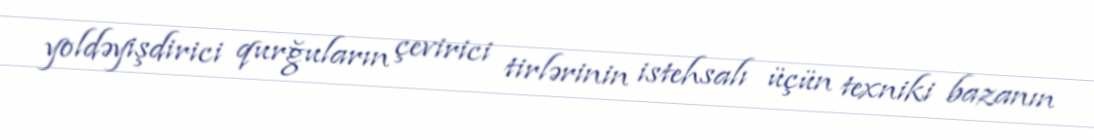
yoldəyişdirici qurğuların çevirici tirlərinin istehsalı üçün texniki bazanın